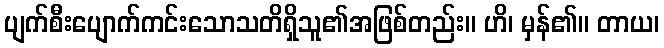
ပျက်စီးပျောက်ကင်းသောသတိရှိသူ၏အဖြစ်တည်း။ ဟိ၊ မှန်၏။ တာယ၊